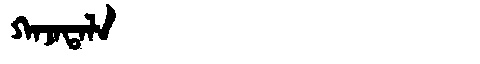
Manchu: ᡴᠠᠵᠠᡨᠠᠯᠠ
Romanization: KAJATALA